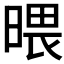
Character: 𣉍